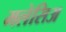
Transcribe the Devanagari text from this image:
मलेसिअ